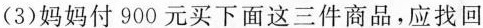
(3)妈妈付900元买下面这三件商品，应找回